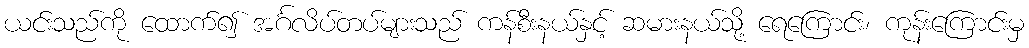
ယင်းသည်ကို ထောက်၍ အင်္ဂလိပ်တပ်များသည် ကန်စီးနယ်နှင့် ဆမားနယ်သို့ ရေကြောင်း၊ ကုန်းကြောင်းမှ